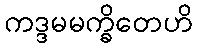
ကဒ္ဒမမက္ခိတေဟိ